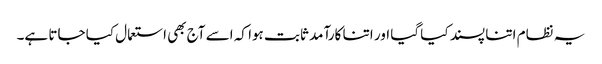
یہ نظام اتنا پسند کیا گیا اور اتنا کارآمد ثابت ہوا کہ اسے آج بھی استعمال کیا جاتا ہے۔